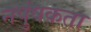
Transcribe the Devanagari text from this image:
नपुंषकता